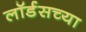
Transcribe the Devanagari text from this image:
लॉर्डसच्या